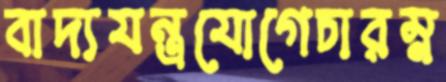
বাদ্যযন্ত্রযোগেচারম্ন